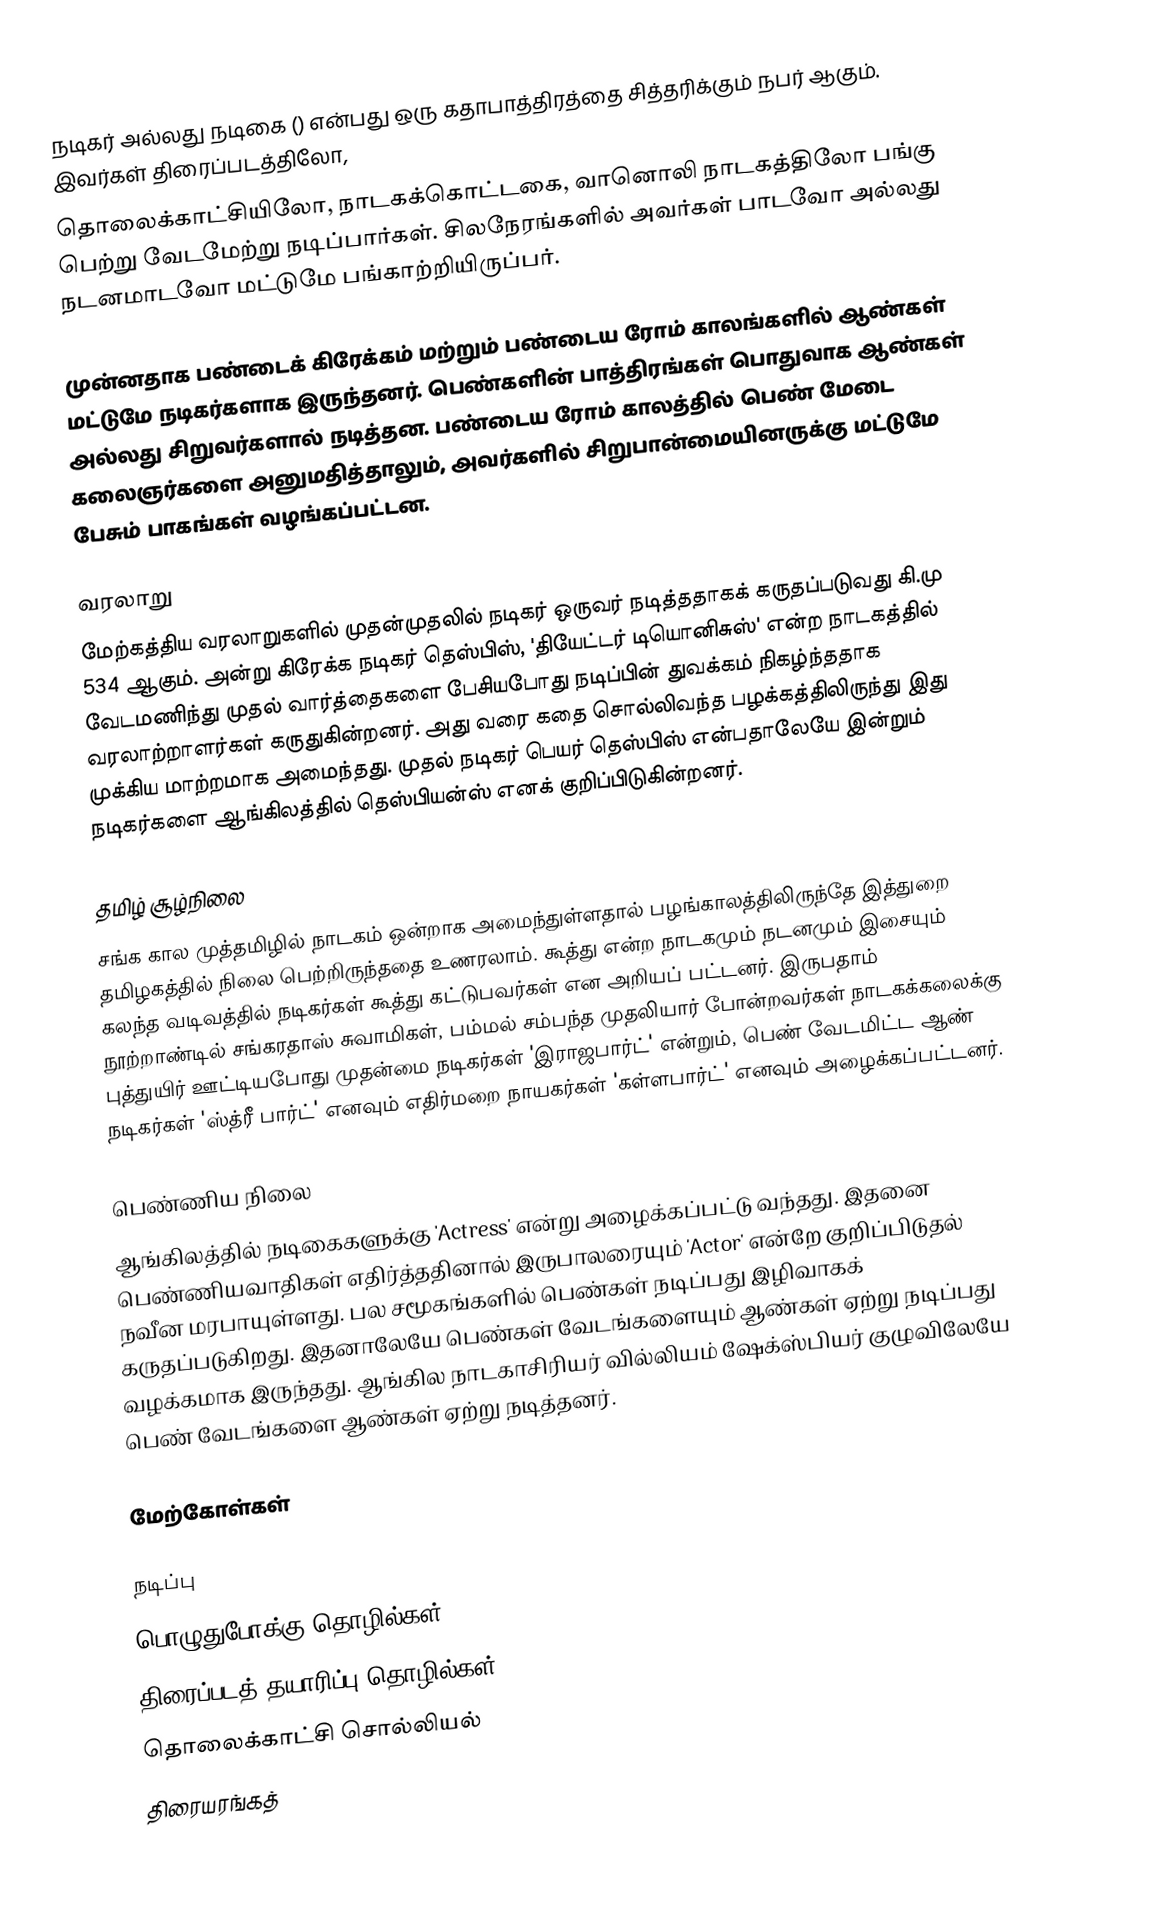
நடிகர் அல்லது நடிகை () என்பது ஒரு கதாபாத்திரத்தை சித்தரிக்கும் நபர் ஆகும். இவர்கள் திரைப்படத்திலோ,
தொலைக்காட்சியிலோ, நாடகக்கொட்டகை, வானொலி நாடகத்திலோ பங்கு பெற்று வேடமேற்று நடிப்பார்கள். சிலநேரங்களில் அவர்கள் பாடவோ அல்லது நடனமாடவோ மட்டுமே பங்காற்றியிருப்பர்.

முன்னதாக பண்டைக் கிரேக்கம் மற்றும் பண்டைய ரோம் காலங்களில் ஆண்கள் மட்டுமே நடிகர்களாக இருந்தனர். பெண்களின் பாத்திரங்கள் பொதுவாக ஆண்கள் அல்லது சிறுவர்களால் நடித்தன. பண்டைய ரோம் காலத்தில் பெண் மேடை கலைஞர்களை அனுமதித்தாலும், அவர்களில் சிறுபான்மையினருக்கு மட்டுமே பேசும் பாகங்கள் வழங்கப்பட்டன.

வரலாறு
மேற்கத்திய வரலாறுகளில் முதன்முதலில் நடிகர் ஒருவர் நடித்ததாகக் கருதப்படுவது கி.மு 534 ஆகும். அன்று கிரேக்க நடிகர் தெஸ்பிஸ், 'தியேட்டர் டியொனிசுஸ்' என்ற நாடகத்தில் வேடமணிந்து முதல் வார்த்தைகளை பேசியபோது நடிப்பின் துவக்கம் நிகழ்ந்ததாக வரலாற்றாளர்கள் கருதுகின்றனர். அது வரை கதை சொல்லிவந்த பழக்கத்திலிருந்து இது முக்கிய மாற்றமாக அமைந்தது. முதல் நடிகர் பெயர் தெஸ்பிஸ் என்பதாலேயே இன்றும் நடிகர்களை ஆங்கிலத்தில் தெஸ்பியன்ஸ் எனக் குறிப்பிடுகின்றனர்.

தமிழ் சூழ்நிலை
சங்க கால முத்தமிழில் நாடகம் ஒன்றாக அமைந்துள்ளதால் பழங்காலத்திலிருந்தே இத்துறை தமிழகத்தில் நிலை பெற்றிருந்ததை உணரலாம். கூத்து என்ற நாடகமும் நடனமும் இசையும் கலந்த வடிவத்தில் நடிகர்கள் கூத்து கட்டுபவர்கள் என அறியப் பட்டனர். இருபதாம் நூற்றாண்டில் சங்கரதாஸ் சுவாமிகள், பம்மல் சம்பந்த முதலியார் போன்றவர்கள் நாடகக்கலைக்கு புத்துயிர் ஊட்டியபோது முதன்மை நடிகர்கள் 'இராஜபார்ட்' என்றும், பெண் வேடமிட்ட ஆண் நடிகர்கள் 'ஸ்த்ரீ பார்ட்' எனவும் எதிர்மறை நாயகர்கள் 'கள்ளபார்ட்' எனவும் அழைக்கப்பட்டனர்.

பெண்ணிய நிலை
ஆங்கிலத்தில் நடிகைகளுக்கு 'Actress' என்று அழைக்கப்பட்டு வந்தது. இதனை பெண்ணியவாதிகள் எதிர்த்ததினால் இருபாலரையும் 'Actor' என்றே குறிப்பிடுதல் நவீன மரபாயுள்ளது. பல சமூகங்களில் பெண்கள் நடிப்பது இழிவாகக் கருதப்படுகிறது. இதனாலேயே பெண்கள் வேடங்களையும் ஆண்கள் ஏற்று நடிப்பது வழக்கமாக இருந்தது. ஆங்கில நாடகாசிரியர் வில்லியம் ஷேக்ஸ்பியர் குழுவிலேயே பெண் வேடங்களை ஆண்கள் ஏற்று நடித்தனர்.

மேற்கோள்கள்

நடிப்பு
பொழுதுபோக்கு தொழில்கள்
திரைப்படத் தயாரிப்பு தொழில்கள்
தொலைக்காட்சி சொல்லியல்
திரையரங்கத்